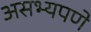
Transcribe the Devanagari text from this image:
असभ्यपणे